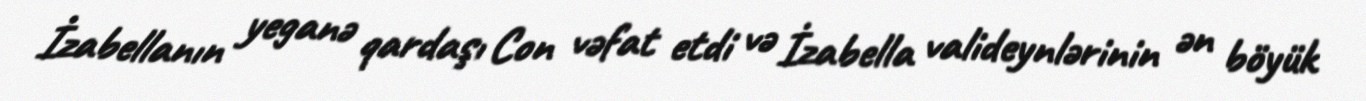
İzabellanın yeganə qardaşı Con vəfat etdi və İzabella valideynlərinin ən böyük